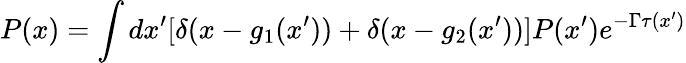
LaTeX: P(x)=\int dx^{\prime}[\delta(x-g_{1}(x^{\prime}))+\delta(x-g_{2}(x^{\prime}))]P(x^{\prime})e^{-\Gamma\tau(x^{\prime})}